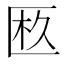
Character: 𠥂